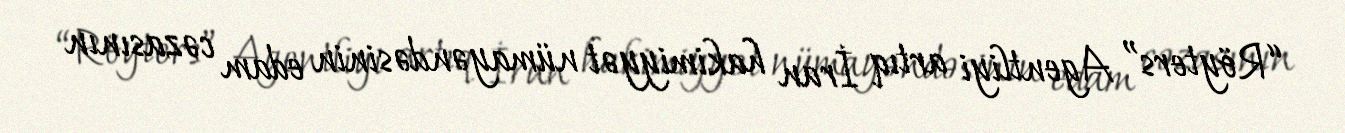
“Röyters” Agentliyi artıq İran hakimiyyət nümayəndəsinin edam cəzasının